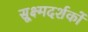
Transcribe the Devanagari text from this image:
सूक्ष्मदर्शकों